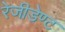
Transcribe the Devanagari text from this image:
रेजीडेण्ट